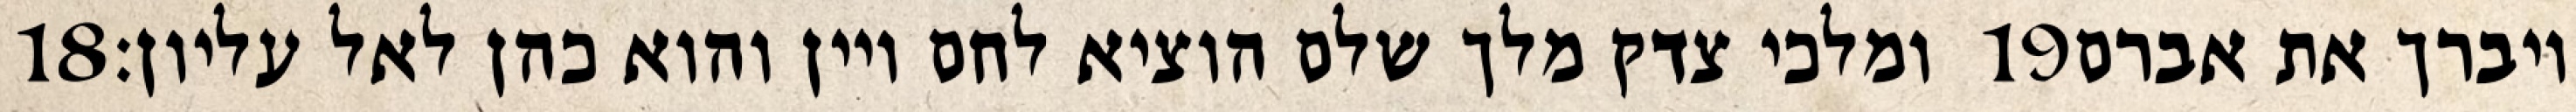
‎18‏ ומלכי צדק מלך שלם הוציא לחם ויין והוא כהן לאל עליון׃ ‎19‏ ויברך את אברם